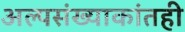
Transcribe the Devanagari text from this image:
अल्पसंख्याकांतही